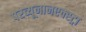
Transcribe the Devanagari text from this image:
परव्यूनानएक्स्ट्रा